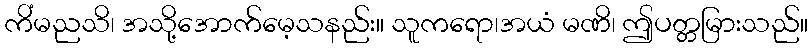
ကိံမညသိ၊ အသို့အောက်မေ့သနည်း။ သူကရော၊အယံ မဏိ၊ ဤပတ္တမြားသည်။